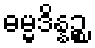
ဓမ္မဒိန္နဉ္စ